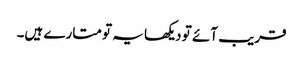
قریب آئے تو دیکھا یہ تو متارے ہیں۔